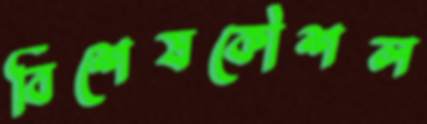
বিশেষকৌশল